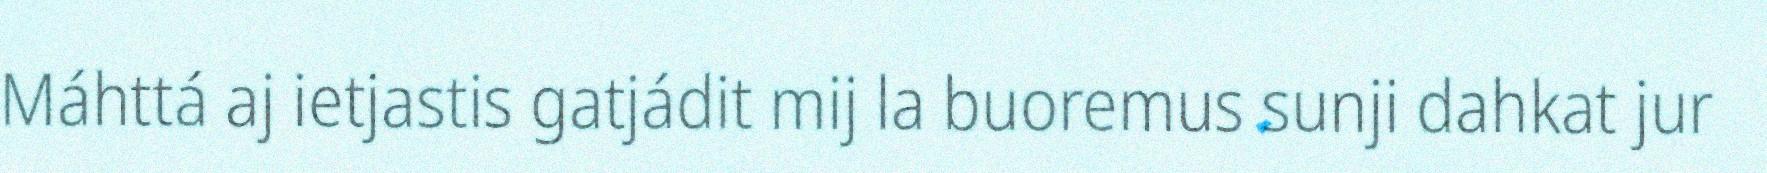
Máhttá aj ietjastis gatjádit mij la buoremus sunji dahkat jur